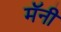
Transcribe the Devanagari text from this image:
मॅनी